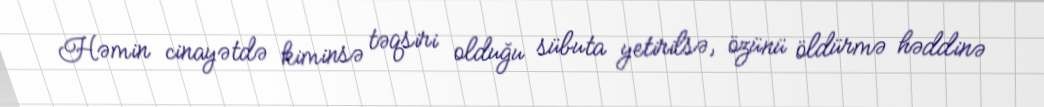
Həmin cinayətdə kiminsə təqsiri olduğu sübuta yetirilsə, özünü öldürmə həddinə